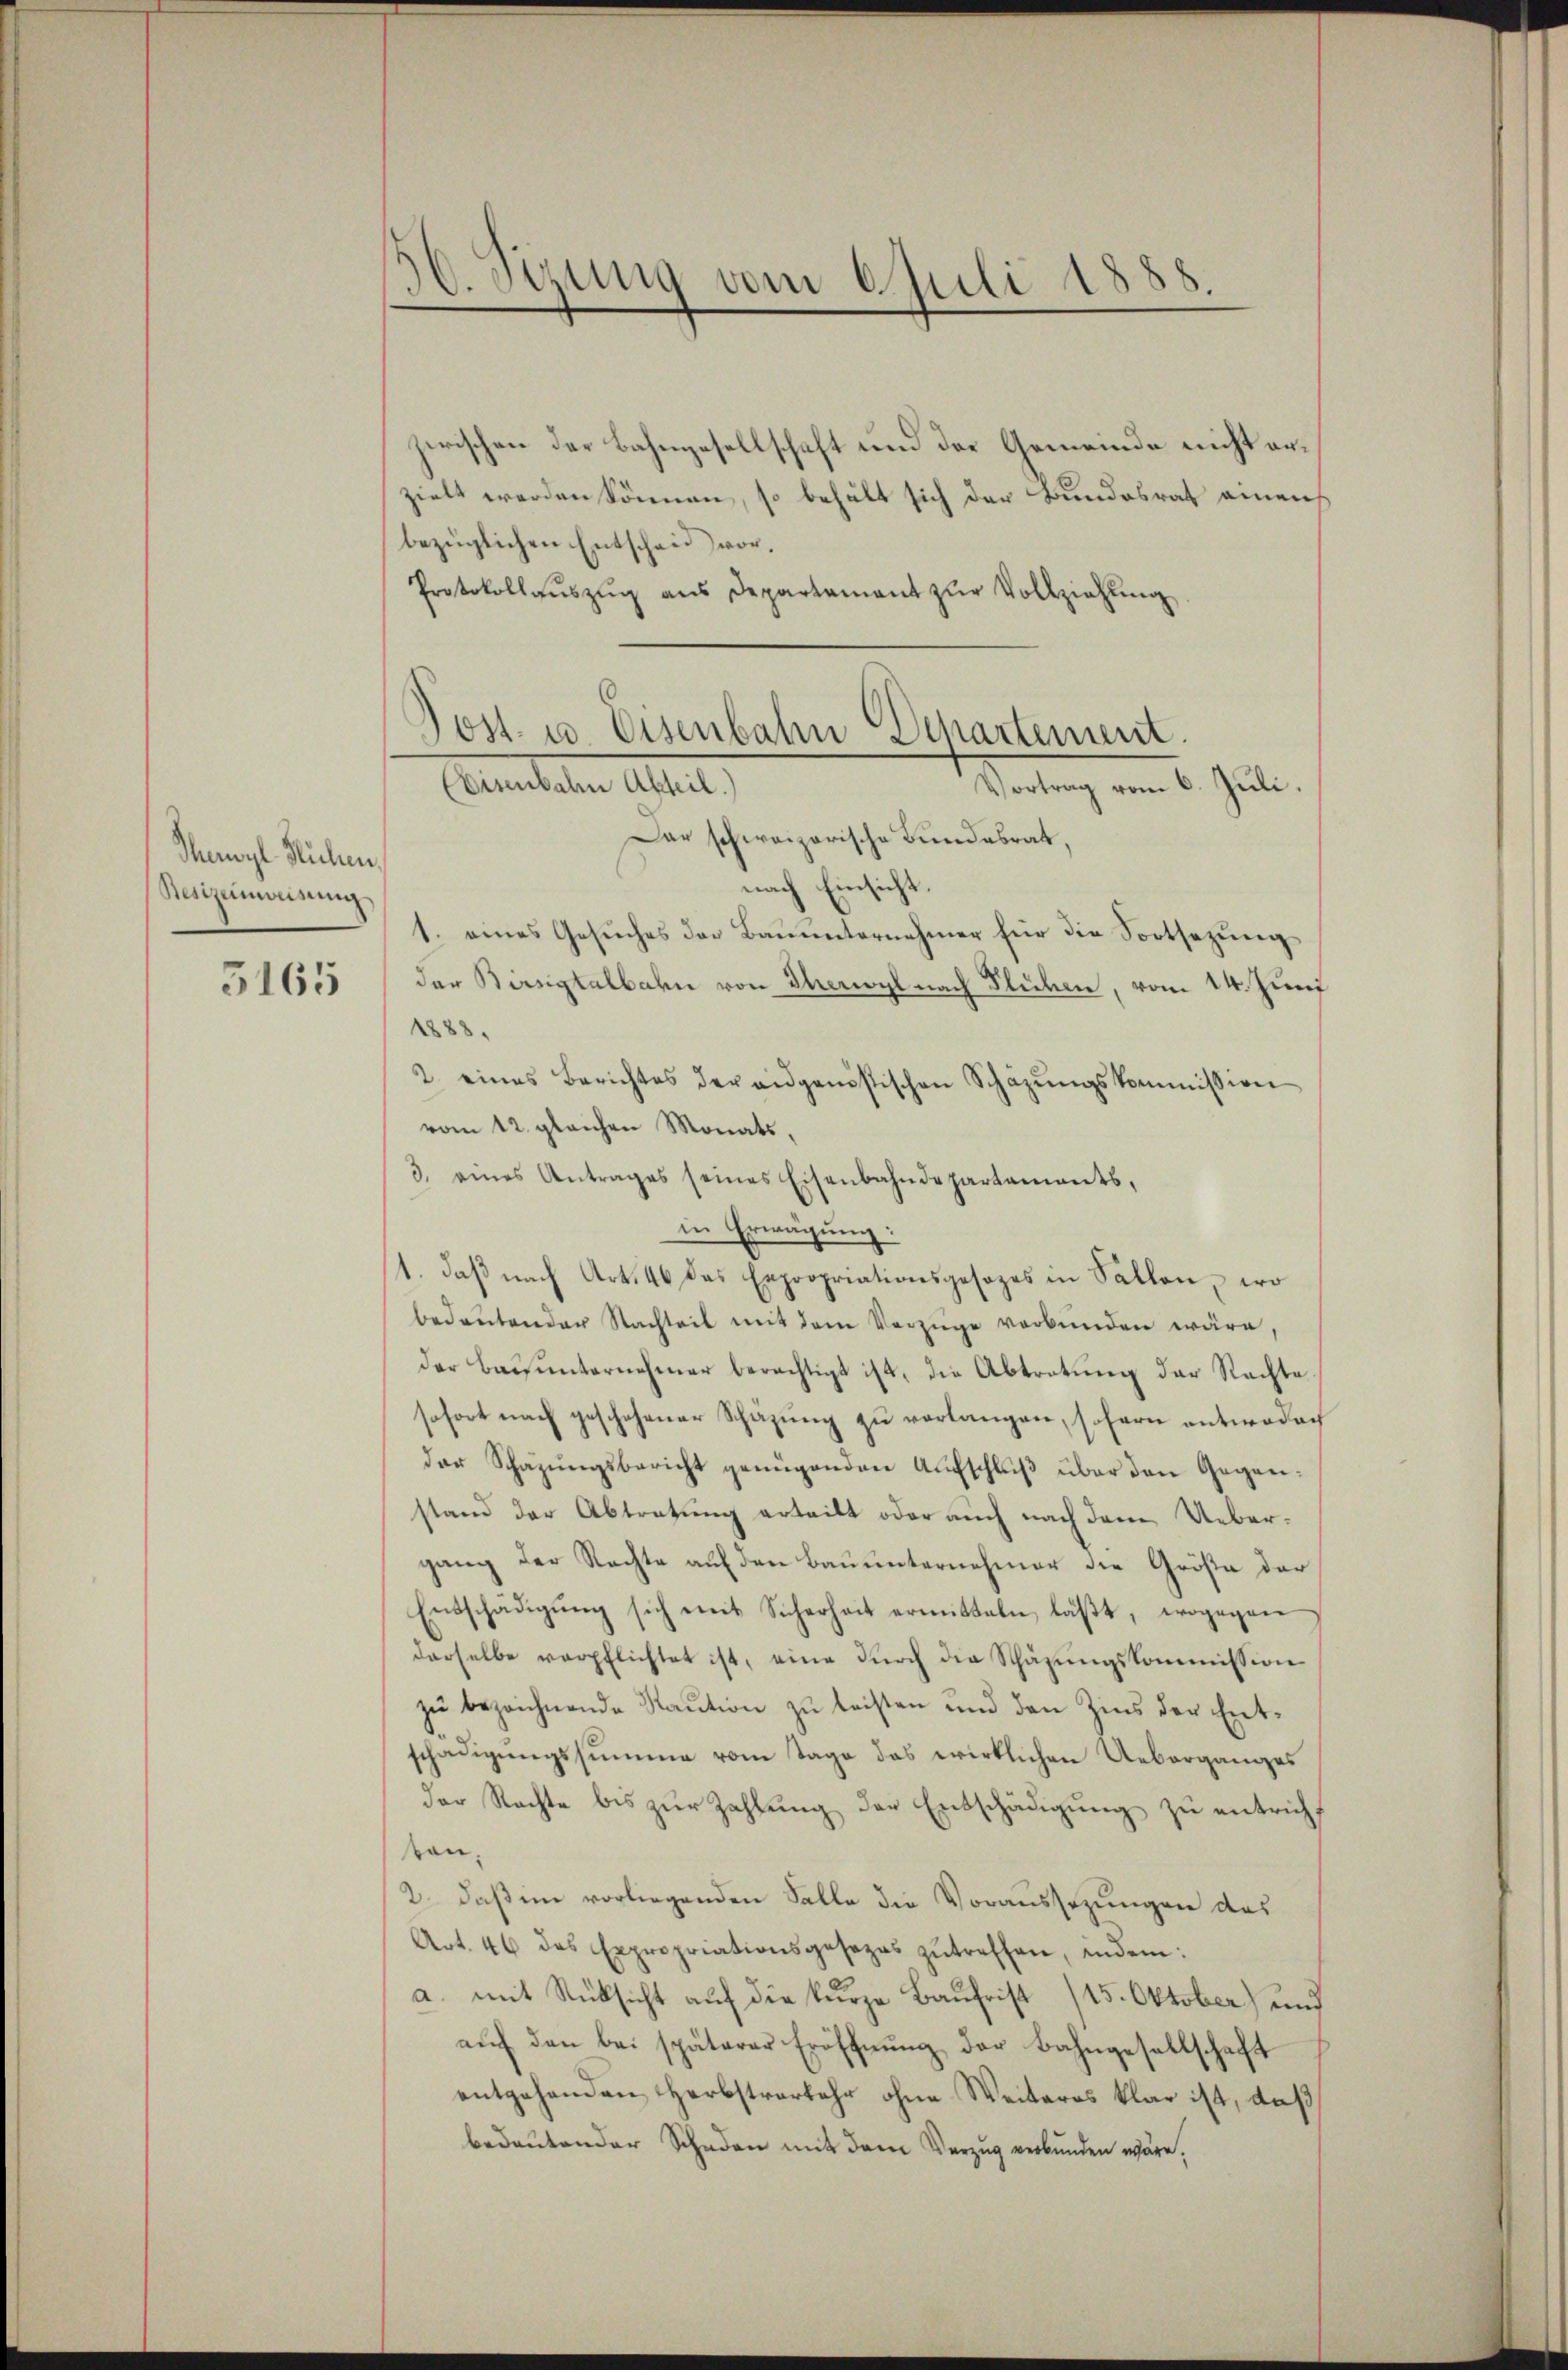
Thayl Richen.
Besizeinweisung
5165

Syung vom 6. Juli 1888.

zwischen der Bahngesellschaft und der Gemeinde nicht erzielt werden können, so behält sich der Bundesrat einen
bezüglichen Entscheid vor¬
Protokollaŭszŭg ans Departamant zŭr Vollziehŭng

ost- u. Eisenbahn Dchartement.
Cementalen Aster,
Vortrag vom 6. Juli,

Das schweizerische Bundesrat,
nach Einsicht.
1. eines Gesŭches der Bauunternehmer für die Fortsezung
der Birsigtalbahn von Theoyl nach Flücken, vom 14. Zunf
1888.
2. eines Berichtes der eidgenössischen Schäzŭngskommission
vom 12. gleichen Monats,
3. eines Antrages seines Eisenbahndepartaments,
in Erwägung:
1. daβ nach Art. 46 das Expropriationsgesezes in Sallen, wo
bedeŭtender Nachteit mit dem Vorzüge verbŭnden wäre,
der Bausunternehmer berechtigt ist, die Abtretung der Rachte
sofort nach geschehener Schazung zu verlangen, sofern entwedach
der Schazŭngsbericht genügenden Aŭfschlŭβ über den Gegen-
stand der Abtretung erteilt oder auch nach dem Uebergang der Rechte auf den Bauunternehmer die Größe der
Entschädigŭng sich mit Sicherheit ermitteln läβt, wogegen
derselbe verpflichtet ist, eine dŭrch die Schäzŭngskommission
zu bezeichnende Staution zu leisten und den Zins der Entschädigungssumme vom Tage das wirklichen Ueberganges
der Rechte bis zŭr Zahlŭng der Entschädigŭng zu entrichton.
2. daß im vorliegenden Salle die Voraussezungen des
Art. 46 das Expropriationsgesezes zŭtreffen, indem:
a. mit Rücksicht auf die kurze Baufrist (15. Oktober) und
aŭf den bei späterer Eröffnŭng der Bahngesellschaft
entgehenden Herbstverkehr ohne Weiteres klar ist, daß
bedeutender Schaden mit dem Verzug verbunden wäre.